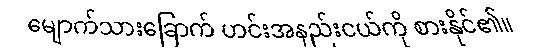
မျောက်သားခြောက် ဟင်းအနည်းငယ်ကို စားနိုင်၏။